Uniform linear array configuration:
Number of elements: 24
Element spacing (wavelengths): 0.25
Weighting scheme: exponential
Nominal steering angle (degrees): -15
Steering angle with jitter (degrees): -15.625
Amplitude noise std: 0.05
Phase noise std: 0.05

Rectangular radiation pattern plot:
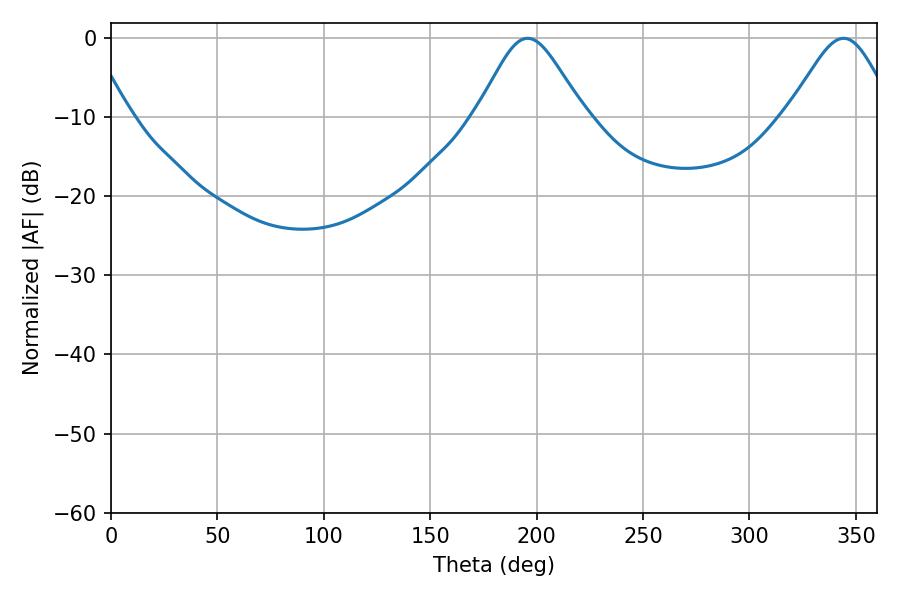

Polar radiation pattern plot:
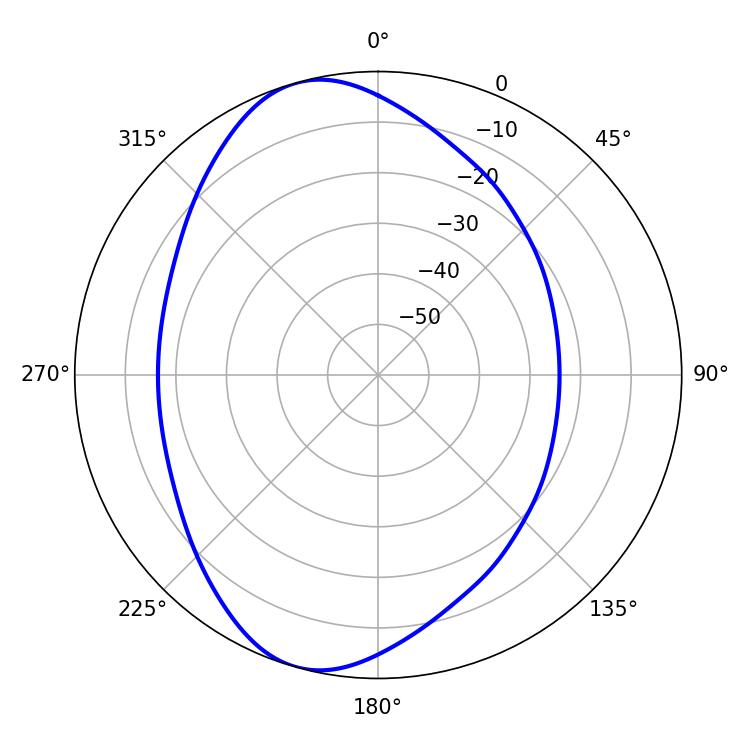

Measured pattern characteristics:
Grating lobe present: FALSE
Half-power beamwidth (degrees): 24.66
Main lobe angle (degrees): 195.84